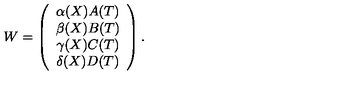
W = \left( \begin{array} { c } { \alpha ( X ) A ( T ) } \\ { \beta ( X ) B ( T ) } \\ { \gamma ( X ) C ( T ) } \\ { \delta ( X ) D ( T ) } \\ \end{array} \right) .